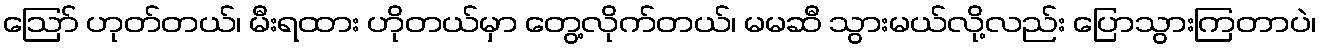
ဪ ဟုတ်တယ်၊ မီးရထား ဟိုတယ်မှာ တွေ့လိုက်တယ်၊ မမဆီ သွားမယ်လို့လည်း ပြောသွားကြတာပဲ၊